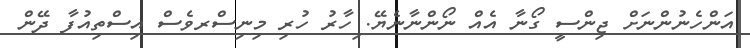
އަންހެނުންނަށް ޖިންސީ ގޯނާ އެއް ނޯންނާނެޔޭ. ިހާރު ހުރި މިނިސްރވެސް އިސްތިއުފާ ދޭން